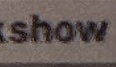
show